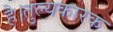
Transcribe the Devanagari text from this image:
है।तुल्यकारक